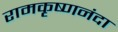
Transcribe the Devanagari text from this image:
रामकृष्णनंदा